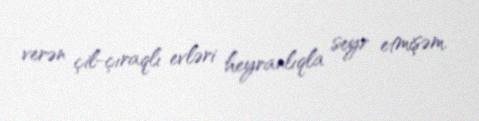
verən çil-çıraqlı evləri heyranlıqla seyr etmişəm.